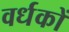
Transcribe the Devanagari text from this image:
वर्धकों